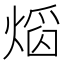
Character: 𤌵